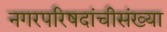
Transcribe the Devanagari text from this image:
नगरपरिषदांचीसंख्या